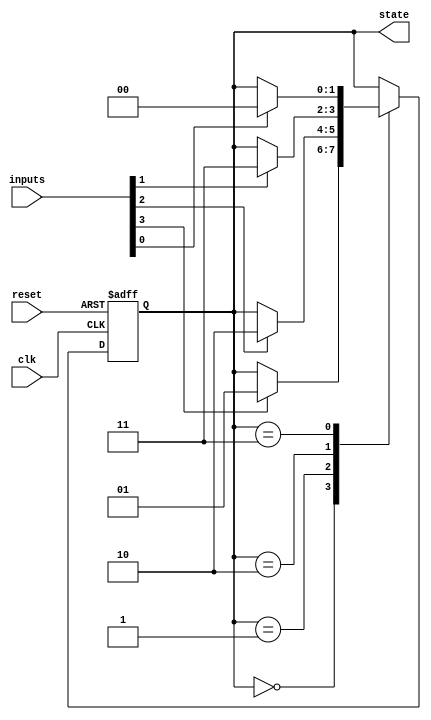
module state_machine (
    input wire clk,
    input wire reset,
    input wire [3:0] inputs,
    output reg [1:0] state
);

// State definitions
parameter S0 = 2'b00;
parameter S1 = 2'b01;
parameter S2 = 2'b10;
parameter S3 = 2'b11;

// State machine logic
always @(posedge clk or posedge reset) begin
    if (reset) begin
        state <= S0;
    end else begin
        case (state)
            S0: begin
                if (inputs[3] == 1'b1)
                    state <= S1;
            end
            S1: begin
                if (inputs[2] == 1'b1)
                    state <= S2;
            end
            S2: begin
                if (inputs[1] == 1'b1)
                    state <= S3;
            end
            S3: begin
                if (inputs[0] == 1'b1)
                    state <= S0;
            end
        endcase
    end
end

endmodule